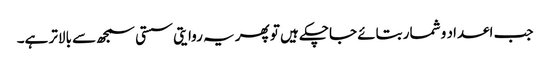
جب اعداد و شمار بتائے جاچکے ہیں تو پھر یہ روایتی سستی سمجھ سے بالاتر ہے۔